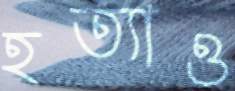
হত্যাও